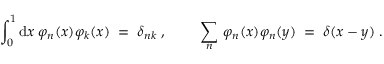
\int _ { 0 } ^ { 1 } \mathrm { d } x \: \varphi _ { n } ( x ) \varphi _ { k } ( x ) \; = \; \delta _ { n k } \; , \qquad \; \sum _ { n } \, \varphi _ { n } ( x ) \varphi _ { n } ( y ) \; = \; \delta ( x - y ) \; .